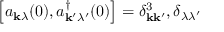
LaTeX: \left[ a _ { \mathbf { k } \lambda } ( 0 ) , a _ { \mathbf { k ^ { \prime } } \lambda ^ { \prime } } ^ { \dagger } ( 0 ) \right] = \delta _ { \mathbf { k k ^ { \prime } } } ^ { 3 } , \delta _ { \lambda \lambda ^ { \prime } }